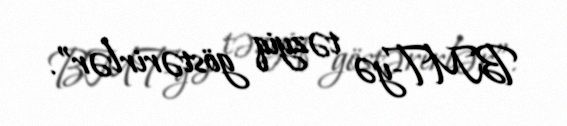
BMT-yə təzyiq göstərirlər”.